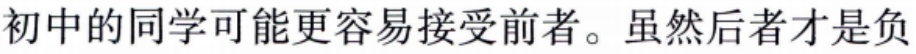
初中的同学可能更容易接受前者。虽然后者才是负